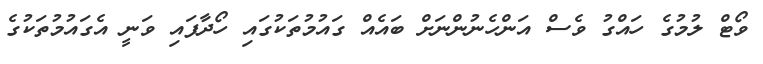
ވޯޓް ލުމުގެ ހައްގު ވެސް އަންހެނުންނަށް ބައެއް ގައުމުތަކުގައި ހޯދާފައި ވަނީ އެގައުމުތަކުގެ